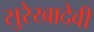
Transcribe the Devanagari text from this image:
सुरेखादेवी